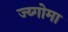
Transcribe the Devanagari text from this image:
ज्य्गोमा